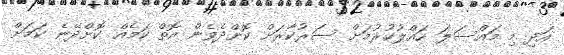
އަދި މި މައްސަލަ ހައްލުކުރުމަށް ސަރުކާރަށް ކޮށްދެވެން އޮތް ކަމެއް ކޮށްދޭނެ ކަމަށް